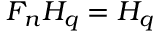
F _ { n } H _ { q } = H _ { q }